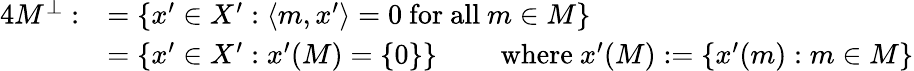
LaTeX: {\begin{array}{rl}{{4}M^{\bot}:}&{=\left\{ x^{\prime}\in X^{\prime}:\left\langle m,x^{\prime}\right\rangle=0{\mathrm{~for~all~}}m\in M\right\} }\\ &{=\left\{ x^{\prime}\in X^{\prime}:x^{\prime}(M)=\{ 0\} \right\} \qquad{\mathrm{~where~}}x^{\prime}(M):=\left\{ x^{\prime}(m):m\in M\right\} }\end{array}}